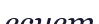
есиет